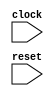
module Printf(
  input   clock,
  input   reset
);
`ifdef RANDOMIZE_REG_INIT
  reg [31:0] _RAND_0;
`endif // RANDOMIZE_REG_INIT
  reg [9:0] count;
  wire  notReset = ~reset;
  wire [10:0] _GEN_0 = count + 10'h1;
  always @(posedge clock) begin
    if (reset) begin
      count <= 10'h0;
    end else begin
      count <= _GEN_0[9:0];
    end
    `ifndef SYNTHESIS
    `ifdef PRINTF_COND
      if (`PRINTF_COND) begin
    `endif
        if (notReset) begin
          $fwrite(32'h80000002,"\tcount = %d 0x%x b%b\\'%d%%'\n",count,count,count,32'h1e240);
        end
    `ifdef PRINTF_COND
      end
    `endif
    `endif // SYNTHESIS
    `ifndef SYNTHESIS
    `ifdef STOP_COND
      if (`STOP_COND) begin
    `endif
        if (count == 10'hff) begin
          $finish;
        end
    `ifdef STOP_COND
      end
    `endif
    `endif // SYNTHESIS
  end
// Register and memory initialization
`ifdef RANDOMIZE_GARBAGE_ASSIGN
`define RANDOMIZE
`endif
`ifdef RANDOMIZE_INVALID_ASSIGN
`define RANDOMIZE
`endif
`ifdef RANDOMIZE_REG_INIT
`define RANDOMIZE
`endif
`ifdef RANDOMIZE_MEM_INIT
`define RANDOMIZE
`endif
`ifndef RANDOM
`define RANDOM $random
`endif
`ifdef RANDOMIZE_MEM_INIT
  integer initvar;
`endif
`ifndef SYNTHESIS
`ifdef FIRRTL_BEFORE_INITIAL
`FIRRTL_BEFORE_INITIAL
`endif
initial begin
  `ifdef RANDOMIZE
    `ifdef INIT_RANDOM
      `INIT_RANDOM
    `endif
    `ifndef VERILATOR
      `ifdef RANDOMIZE_DELAY
        #`RANDOMIZE_DELAY begin end
      `else
        #0.002 begin end
      `endif
    `endif
`ifdef RANDOMIZE_REG_INIT
  _RAND_0 = {1{`RANDOM}};
  count = _RAND_0[9:0];
`endif // RANDOMIZE_REG_INIT
  `endif // RANDOMIZE
end // initial
`ifdef FIRRTL_AFTER_INITIAL
`FIRRTL_AFTER_INITIAL
`endif
`endif // SYNTHESIS
endmodule